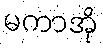
မကာအို